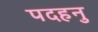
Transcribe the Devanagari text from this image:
पदहनु